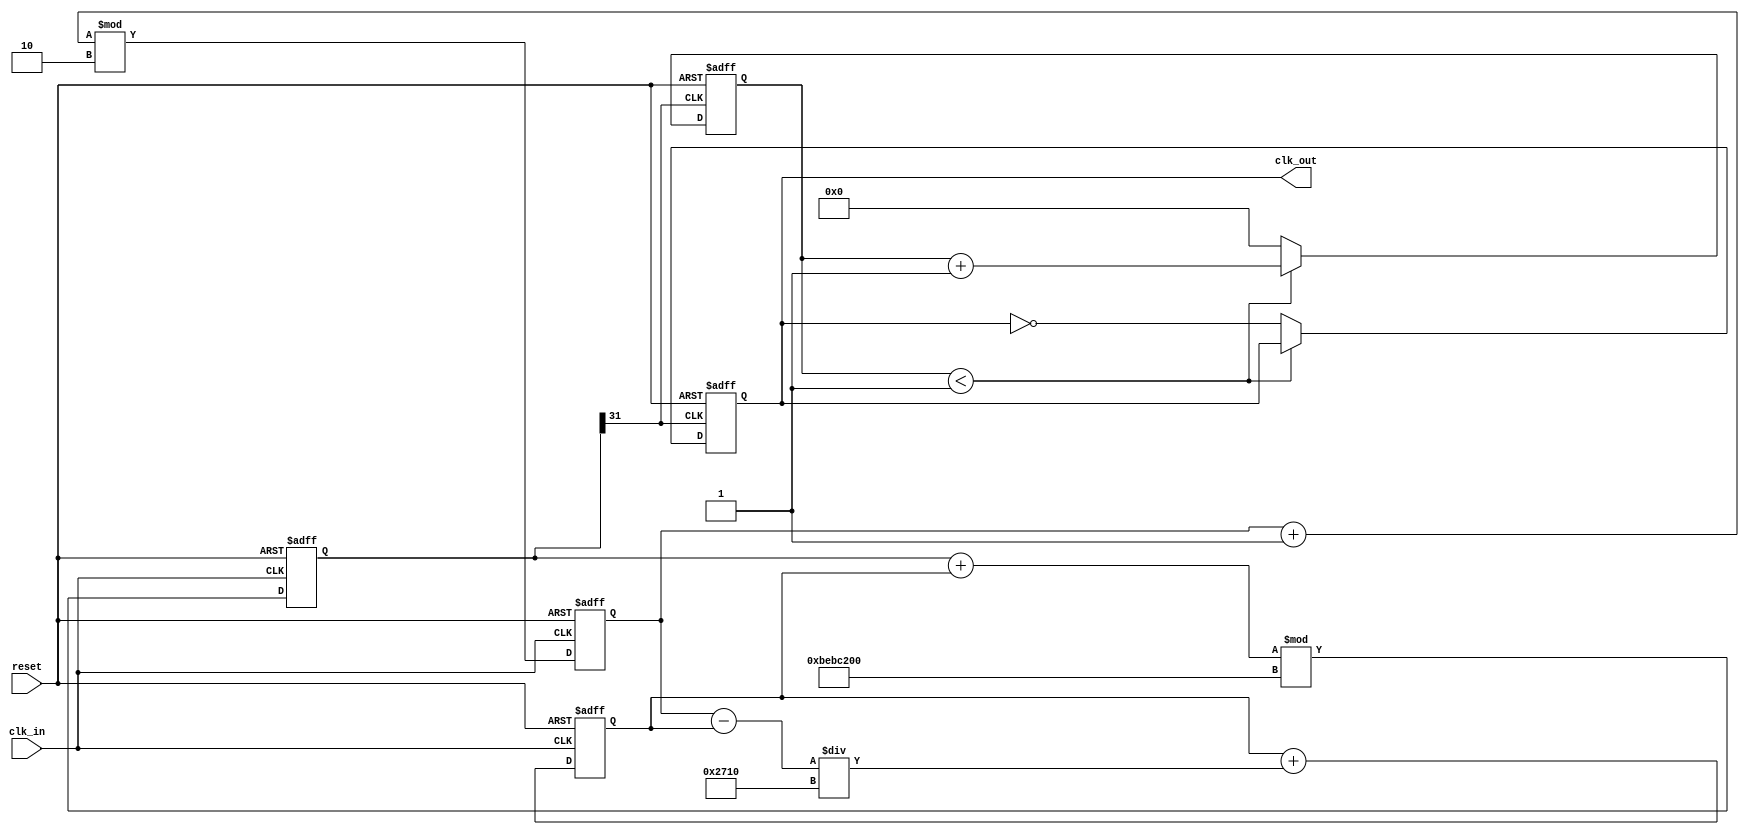
module parameterized_PLL #(
    parameter INPUT_FREQ = 50_000_000,  // Input frequency in Hz
    parameter OUTPUT_FREQ = 100_000_000, // Desired output frequency in Hz
    parameter DIV_FACTOR = OUTPUT_FREQ / INPUT_FREQ, // Division factor
    parameter LOOP_BANDWIDTH = 10_000    // Loop bandwidth in Hz
)(
    input wire clk_in,                   // Input clock
    input wire reset,                    // Reset signal
    output reg clk_out                   // Output clock
);

    // Internal signals
    reg [31:0] phase_error;              // Phase error signal
    reg [31:0] control_voltage;           // Control voltage for VCO
    reg [31:0] vco_output;                // VCO output signal
    reg [31:0] divider_count;             // Divider count 

    // Phase Detector (PD) - Simple XOR based phase detector
    always @(posedge clk_in or posedge reset) begin
        if (reset) begin
            phase_error <= 0;
        end else begin
            // Here, you would typically compare the input clock phase with the feedback clock phase
            // For simplicity, we use a counter to simulate phase error
            phase_error <= (phase_error + 1) % DIV_FACTOR; // Simulate phase error
        end
    end

    // Low Pass Filter (LPF) - Simple averaging filter
    always @(posedge clk_in or posedge reset) begin
        if (reset) begin
            control_voltage <= 0;
        end else begin
            // Simple LPF: control voltage is updated based on phase error
            control_voltage <= control_voltage + (phase_error - control_voltage) / LOOP_BANDWIDTH;
        end
    end

    // Voltage-Controlled Oscillator (VCO)
    always @(posedge clk_in or posedge reset) begin
        if (reset) begin
            vco_output <= 0;
        end else begin
            // Simulate VCO output frequency based on control voltage
            vco_output <= (vco_output + control_voltage) % (2 * OUTPUT_FREQ);
        end
    end

    // Frequency Divider
    always @(posedge vco_output[31] or posedge reset) begin // Use MSB to simulate clock output
        if (reset) begin
            divider_count <= 0;
            clk_out <= 0;
        end else begin
            if (divider_count < DIV_FACTOR - 1) begin
                divider_count <= divider_count + 1;
            end else begin
                divider_count <= 0;
                clk_out <= ~clk_out; // Toggle output clock
            end
        end
    end

endmodule